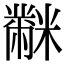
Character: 𪓋